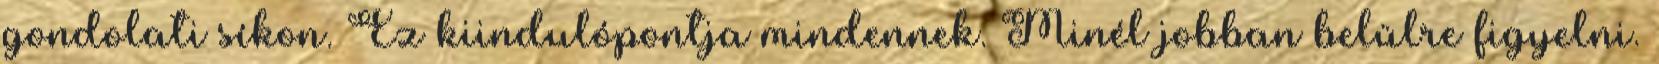
gondolati síkon. Ez kiindulópontja mindennek. Minél jobban belülre figyelni.